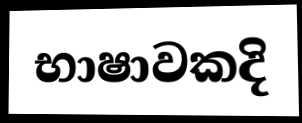
භාෂාවකදි